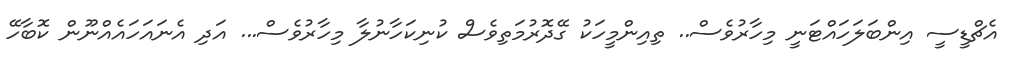
އެޗްޑީސީ އިންބަލަހައްޓަނީ މިހާރުވެސް.. ތިއިންމީހަކު ގޭދޮރުމަތިވެސް ކުނިކަހާނުލާ މިހާރުވެސް... އަދި އެނައަހައެއްނޫން ކޮބާހޭ